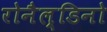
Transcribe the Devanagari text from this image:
रोनैल्डिनो